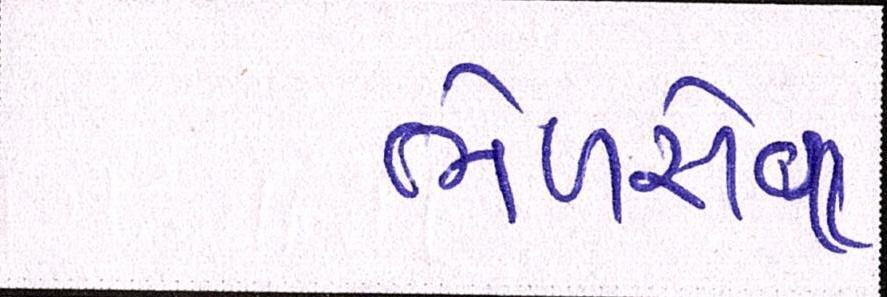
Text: ભેળસેળ